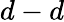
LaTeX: d-d